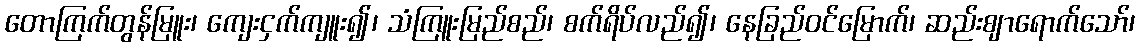
တောကြက်တွန်မြူး၊ ကျေးငှက်ကျူး၍၊ သံကြူးမြည်စည်၊ စက်ရိပ်လည်၍၊ နေခြည်ဝင်မြောက်၊ ဆည်းဈာရောက်သော်၊